Lunatic asylums Punjab 1895-1910 - 1895-1910
Year: 1895
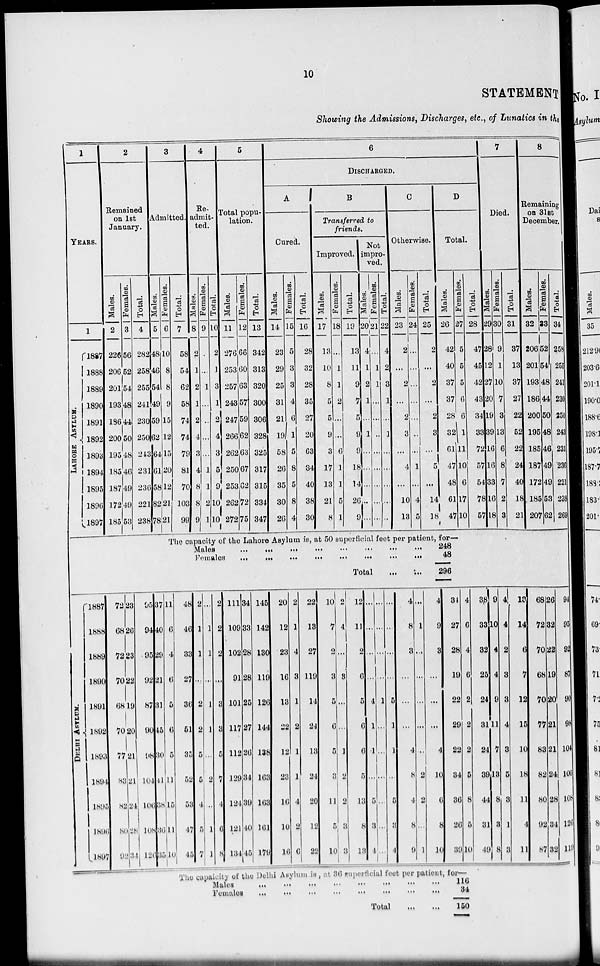
10
STATEMENT
Showing the Admissions, Discharges, etc., of Lunatics in the
1
YEARS.
1
LAHORE ASYLUM.
1887
1888
1889
1890
1891
1892
1893
1894
1895
1896
1897
2
Remained
on 1st
January.
Males.
2
226
206
201
193
186
200
195
185
187
172
185
Females.
3
56
52
54
48
44
50
48
46
49
49
53
Total.
4
282
258
255
241
230
250
243
231
236
221
238
3
Admitted.
Males.
5
48
46
54
49
59
62
64
61
58
82
78
DELHI ASYLUM.
1887
1888
1889
1890
1891
1892
1893
1894
1895
1896
1897
72
68
72
70
68
70
77
83
82
80
92
23
26
23
22
19
20
21
21
24
28
34
95
94
95
92
87
90
98
104
106
108
126
37
40
29
21
31
45
30
41
38
36
35
Females.
6
10
8
8
9
15
12
15
20
12
21
21
Total.
7
58
54
62
58
74
74
79
81
70
103
99
4
Re-
admit-
ted.
Males.
8
2
1
2
1
2
4
3
4
8
8
9
Females.
9
...
...
1
...
..
...
...
1
1
2
1
Total.
10
2
1
3
1
2
4
3
5
9
10
10
5
Total popu-
lation.
Males.
11
276
253
257
243
247
266
262
250
253
262
272
Females.
12
66
60
63
57
59
62
63
67
62
72
75
Total.
13
342
313
320
300
306
328
325
317
315
334
347
6
DISCHARGED.
A
Cured.
Males.
14
23
29
25
31
21
19
58
26
35
30
26
Females.
15
5
3
3
4
6
1
5
8
5
8
4
Total.
16
28
32
28
35
27
20
63
34
40
38
30
B
Transferred to
friends.
Improved.
Males.
17
13
10
8
5
5
9
3
17
13
21
8
Females.
18
...
1
1
2
...
...
6
1
1
5
1
Total.
19
13
11
9
7
5
9
9
18
14
26
9
Not
impr-
ved
Males.
20
4
1
2
1
...
1
...
...
...
...
...
Females.
21
...
1
1
...
...
...
...
...
...
...
...
Total.
22
4
2
3
1
...
1
...
...
...
...
...
C
Otherwise.
Males.
23
2
...
2
...
2
3
...
4
...
10
13
Females.
24
...
...
...
...
...
..
...
1
...
4
5
Total.
25
2
...
2
...
2
3
...
5
...
14
18
D
Total.
Males.
26
42
40
37
37
28
32
61
47
48
61
47
The capacity of the Lahore Asylum is, at 50 superficial feet per patient, for—
Males
...
...
...
...
...
...
...
...
...
...
...
Females
...
...
...
...
...
...
...
...
Total
11
6
4
6
5
6
5
11
15
11
10
48
46
33
27
36
51
35
52
53
47
45
2
1
1
...
2
2
5
5
4
5
7
...
1
1
...
1
1
...
2
...
1
1
2
2
2
...
3
3
5
7
4
6
8
111
109
102
91
101
117
112
129
124
121
134
34
33
28
28
25
27
26
34
39
40
45
145
142
130
119
126
144
138
163
163
161
179
20
12
23
16
13
22
12
23
16
10
16
2
1
4
3
1
2
1
1
4
2
6
22
18
27
119
14
24
13
24
20
12
22
10
7
2
3
5
6
5
3
11
5
10
2
4
...
3
...
...
1
2
2
3
3
12
11
2
6
5
6
6
5
13
8
13
...
...
...
...
4
1
1
...
5
3
4
...
...
...
...
1
...
...
...
...
...
...
...
...
...
...
5
1
1
...
5
3
4
4
8
8
...
...
...
4
8
4
8
9
...
1
...
...
...
...
..
2
2
...
1
248
48
296
4
9
8
...
...
...
4
10
6
8
10
34
27
28
19
22
29
22
34
36
26
39
Females.
27
5
5
5
6
6
1
11
10
6
17
10
Total.
28
47
45
42
48
34
33
72
57
54
78
57
7
Died.
Males.
29
28
12
27
20
19
39
16
16
33
16
18
Females.
30
9
1
10
7
3
13
6
8
7
2
3
Total.
31
37
13
37
27
22
52
22
24
40
18
21
8
Remaining
on 31st
December.
Mal es .
32
206
201
193
186
200
195
185
187
172
185
207
4
6
4
6
2
2
2
5
8
5
10
The capaicity of the Delhi Asylum is, at 36 superficial feet per patient, for—
Males
...
...
...
...
...
...
...
...
Females
...
...
...
...
...
...
...
...
Total
...
...
116
34
150
38
33
32
26
24
31
24
39
44
31
49
9
10
4
4
9
11
7
13
8
3
8
4
4
2
3
3
4
3
5
3
1
3
13
14
6
7
12
15
10
18
11
4
11
68
72
70
68
70
77
83
82
80
92
87
Females
33
52
54
48
44
50
48
46
49
49
53
62
Total.
34
258
255
241
230
250
243
231
236
221
238
269
26
32
22
19
20
21
21
24
28
34
32
94
95
92
87
90
96
104
106
108
126
119